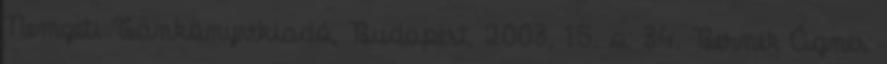
Nemzeti Tankönyvkiadó, Budapest, 2003, 15. o. 34. Bernek Ágnes: